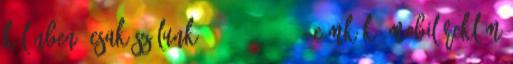
különben, csak szólunk. – 2013-11-18 – Címkék: mobil reklám